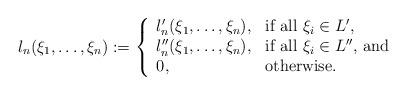
LaTeX: \begin{align*}l_n(\xi_1,\ldots,\xi_n):=\left\{\begin{array}{lll}l_n'(\xi_1,\ldots,\xi_n),& \mbox{if all $\xi_i\in L'$,}\\l_n''(\xi_1,\ldots,\xi_n),& \mbox{if all $\xi_i\in L''$, and}\\0,& \mbox{otherwise}.\end{array}\right.\end{align*}